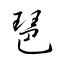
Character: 琶